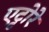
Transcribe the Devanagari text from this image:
एट्टोरे